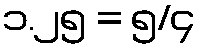
၁.၂၅ = ၅/၄